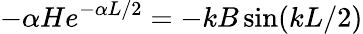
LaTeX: -\alpha He^{-\alpha L/2}=-kB\sin(kL/2)